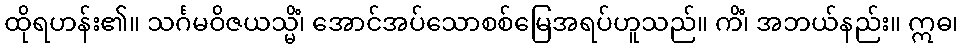
ထိုရဟန်း၏။ သင်္ဂမဝိဇယသ္မိံ၊ အောင်အပ်သောစစ်မြေအရပ်ဟူသည်။ ကိံ၊ အဘယ်နည်း။ ဣဓ၊